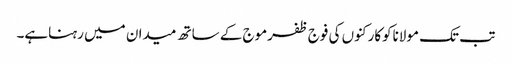
تب تک مولاناکوکارکنوں کی فوج ظفرموج کے ساتھ میدان میں رہناہے۔